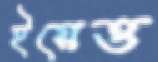
ইয়েত্ত